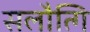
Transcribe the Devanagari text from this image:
सलौत्गि